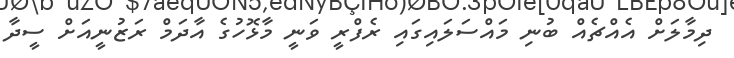
ދިމާލަށް އެއްޗެއް ބުނި މައްސަލައިގައި ރެފްރީ ވަނީ މާޅޮހުގެ އާދަމް ރަޒުނީއަށް ސީދާ